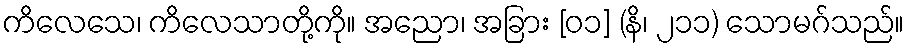
ကိလေသေ၊ ကိလေသာတို့ကို။ အညော၊ အခြား [၀၁] (နိ၊ ၂၁၁) သောမဂ်သည်။